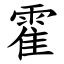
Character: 霍